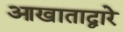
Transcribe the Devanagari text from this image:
आखाताद्वारे